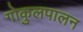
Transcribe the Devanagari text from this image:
गोकुलपालन